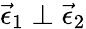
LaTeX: \vec{\epsilon}_{1}\perp\vec{\epsilon}_{2}